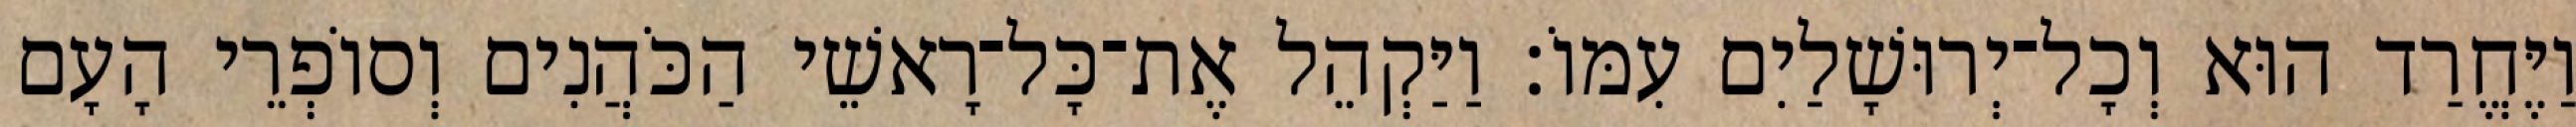
וַיֶּחֱרַד הוּא וְכָל־יְרוּשָׁלַיִם עִמּוֹ׃ וַיַּקְהֵל אֶת־כָּל־רָאשֵׁי הַכֹּהֲנִים וְסוֹפְרֵי הָעָם